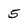
Character: 5